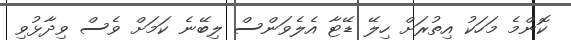
ކޮންމެ މަހަކު އިތުރަށް ހިލޭ ޑޭޓާ އެލެވަންސް ލިބޭނެ ކަމަށް ވެސް ވިދާޅުވި